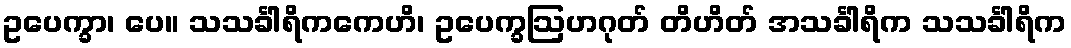
ဥပေက္ခာ၊ ပေ။ သသင်္ခါရိကကေဟိ၊ ဥပေက္ခဩဟဂုတ် တိဟိတ် အသင်္ခါရိက သသင်္ခါရိက